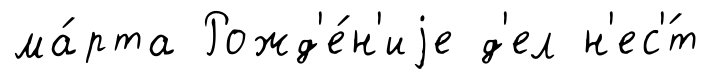
ма́рта Рожд'е́н'иjе д'ел н'ес'́т